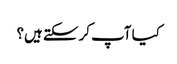
کیا آپ کر سکتے ہیں؟